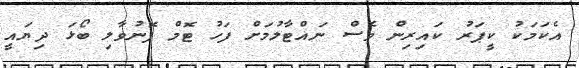
އެކަމަކު ކީޕަރު ކައިރިން ވެސް ނައްޓާލުމަށް ފަހު ޓޮމް ފޮނުވާލި ބޯޅަ ދިޔައީ